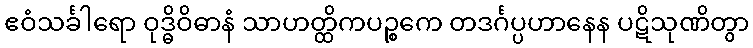
ဧဝံသင်္ခါရော ဝုဒ္ဓိဝိဓာနံ သာဟတ္ထိကပဉ္စကေ တဒင်္ဂပ္ပဟာနေန ပဋိသုဏိတွာ